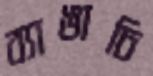
ব্যাঙাচি